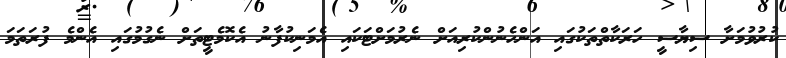
ކުރުވުމަށާ ސިޔާސީ ހަރަކާތްތަކުގައި އަންހެނުންކުރިއަށް ނެރުމަށްޓަކައި އެމަނިކުފާނު އެކޮމެޓީތަށް ނެގުމުގައި އެންމެ ފުރަތަމަ